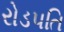
રોડપતિ